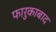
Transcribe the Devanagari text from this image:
फारुकाबाद